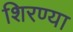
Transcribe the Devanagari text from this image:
शिरण्या